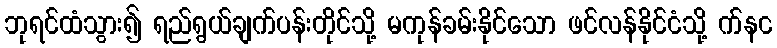
ဘုရင်ထံသွား၍ ရည်ရွယ်ချက်ပန်းတိုင်သို့ မကုန်ခမ်းနိုင်သော ဖင်လန်နိုင်ငံသို့ က်နင